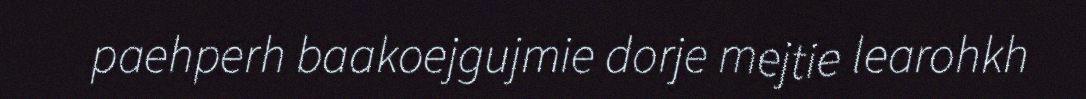
paehperh baakoejgujmie dorje mejtie learohkh